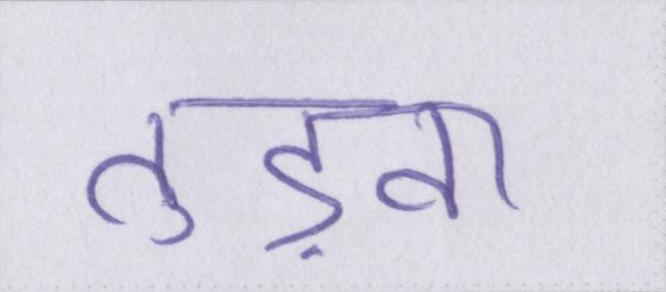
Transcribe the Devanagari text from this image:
तुड़वा